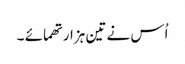
اُس نے تین ہزار تھمائے ۔